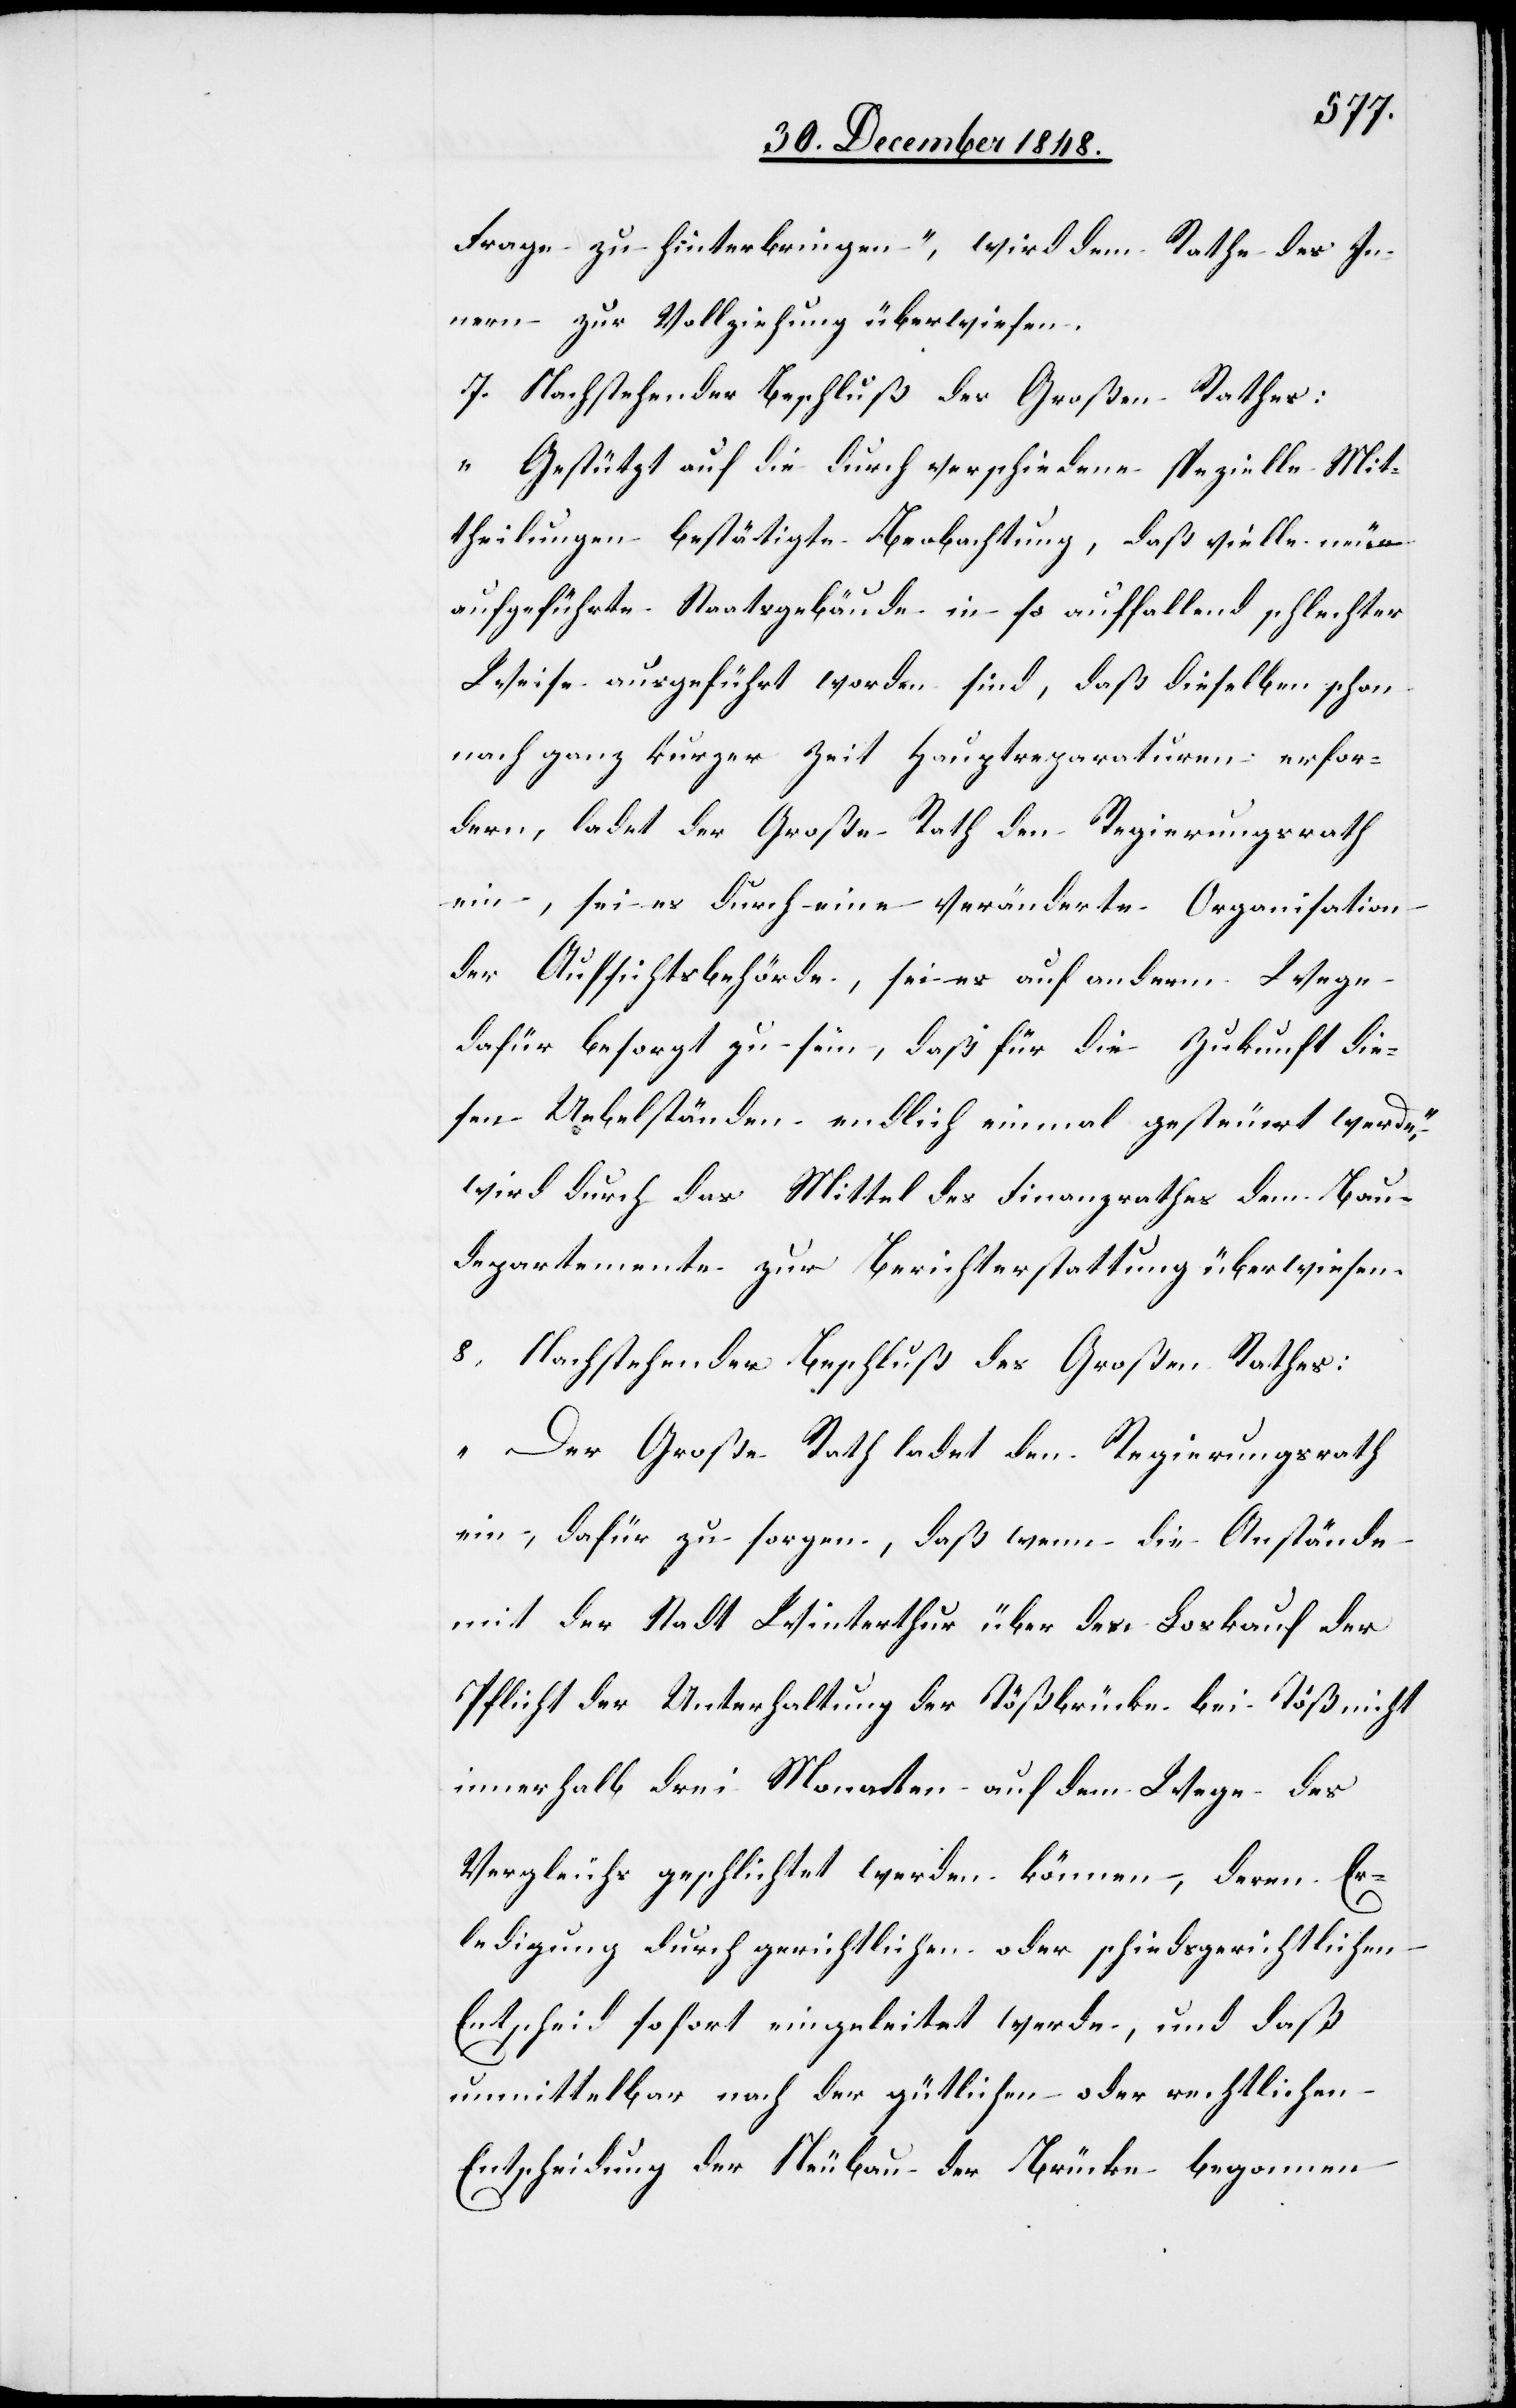
Frage zu hinterbringen“, wird dem Rathe des In¬
nern zur Vollziehung überwiesen.
7. Nachstehender Beschluß des Großen Rathes:
„Gestützt auf die durch verschiedene spezielle Mit¬
theilungen bestätigte Beobachtung, daß viele neue
aufgeführte Staatsgebäude in so auffallend schlechter
Weise ausgeführt worden sind, daß dieselben schon
nach ganz kurzer Zeit Hauptreparaturen erfor¬
dern, ladet der Große Rath den Regierungsrath
ein, sei es durch eine veränderte Organisation
der Aufsichtsbehörde, sei es auf anderm Wege
dafür besorgt zu sein, daß für die Zukunft die¬
sen Uebelständen endlich einmal gesteuert werde“,
wird durch das Mittel des Finanzrathes dem Bau¬
departemente zur Berichterstattung überwiesen.
8. Nachstehender Beschluß des Großen Rathes:
„Der Große Rath ladet den Regierungsrath
ein, dafür zu sorgen, daß wenn die Anstände
mit der Stadt Winterthur über den Loskauf der
Pflicht der Unterhaltung der Tößbrücke bei Töß nicht
innerhalb drei Monaten auf dem Wege des
Vergleichs geschlichtet werden können, deren Er¬
ledigung durch gerichtlichen oder schiedsgerichtlichen
Entscheid sofort eingeleitet werde, und daß
unmittelbar nach der gütlichen oder rechtlichen
Entscheidung der Neubau der Brücke begonnen